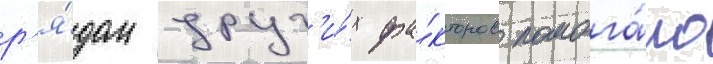
р'я́дом друг'и́х фа́кторов помога́ло